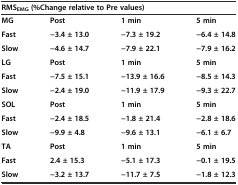
<table><thead><tr><td colspan="4"><b>RMS<sub>EMG</sub>(%Change relative to Pre values)</b></td></tr></thead><tbody><tr><td><b>MG</b></td><td><b>Post</b></td><td><b>1 min</b></td><td><b>5 min</b></td></tr><tr><td><b>Fast</b></td><td><b>-3.4 ± 13.0</b></td><td><b>-7.3 ± 19.2</b></td><td><b>-6.4 ± 14.8</b></td></tr><tr><td><b>Slow</b></td><td><b>-4.6 ± 14.7</b></td><td><b>-7.9 ± 22.1</b></td><td><b>-7.9 ± 16.2</b></td></tr><tr><td><b>LG</b></td><td><b>Post</b></td><td><b>1 min</b></td><td><b>5 min</b></td></tr><tr><td><b>Fast</b></td><td><b>-7.5 ± 15.1</b></td><td><b>-13.9 ± 16.6</b></td><td><b>-8.5 ± 14.3</b></td></tr><tr><td><b>Slow</b></td><td><b>-2.4 ± 19.0</b></td><td><b>-11.9 ± 17.9</b></td><td><b>-9.3 ± 22.7</b></td></tr><tr><td><b>SOL</b></td><td><b>Post</b></td><td><b>1 min</b></td><td><b>5 min</b></td></tr><tr><td><b>Fast</b></td><td><b>-2.4 ± 18.5</b></td><td><b>-1.8 ± 21.4</b></td><td><b>-2.8 ± 18.6</b></td></tr><tr><td><b>Slow</b></td><td><b>-9.9 ± 4.8</b></td><td><b>-9.6 ± 13.1</b></td><td><b>-6.1 ± 6.7</b></td></tr><tr><td><b>TA</b></td><td><b>Post</b></td><td><b>1 min</b></td><td><b>5 min</b></td></tr><tr><td><b>Fast</b></td><td><b>2.4 ± 15.3</b></td><td><b>-5.1 ± 17.3</b></td><td><b>-0.1 ± 19.5</b></td></tr><tr><td><b>Slow</b></td><td><b>-3.2 ± 13.7</b></td><td><b>-11.7 ± 7.5</b></td><td><b>-1.8 ± 12.3</b></td></tr></tbody></table>